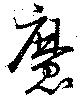
魔